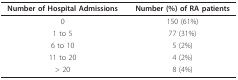
<table><thead><tr><td><b>Number of Hospital Admissions</b></td><td><b>Number (%) of RA patients</b></td></tr></thead><tbody><tr><td>0</td><td>150 (61%)</td></tr><tr><td>1 to 5</td><td>77 (31%)</td></tr><tr><td>6 to 10</td><td>5 (2%)</td></tr><tr><td>11 to 20</td><td>4 (2%)</td></tr><tr><td>&gt; 20</td><td>8 (4%)</td></tr></tbody></table>